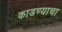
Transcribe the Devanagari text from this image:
काडण्याचा